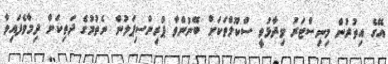
އޭގެ އިތުރުން މިނިސްޓަރު ވިދާޅުވީ ސްކޫލްތަކަށް ބޭނުންވާ ޕްރިންސިޕަލުން ނެތުމުގެ ދަތިކަން ދިމާވެފައިވާ